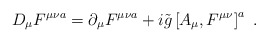
\begin{align*}D_{\mu}F^{\mu \nu a}=\partial_{\mu}F^{\mu \nu a}+i\tilde{g}\left[A_{\mu},F^{\mu \nu}\right]^a\ .\end{align*}